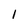
Character: 1